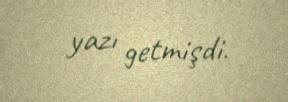
yazı getmişdi.